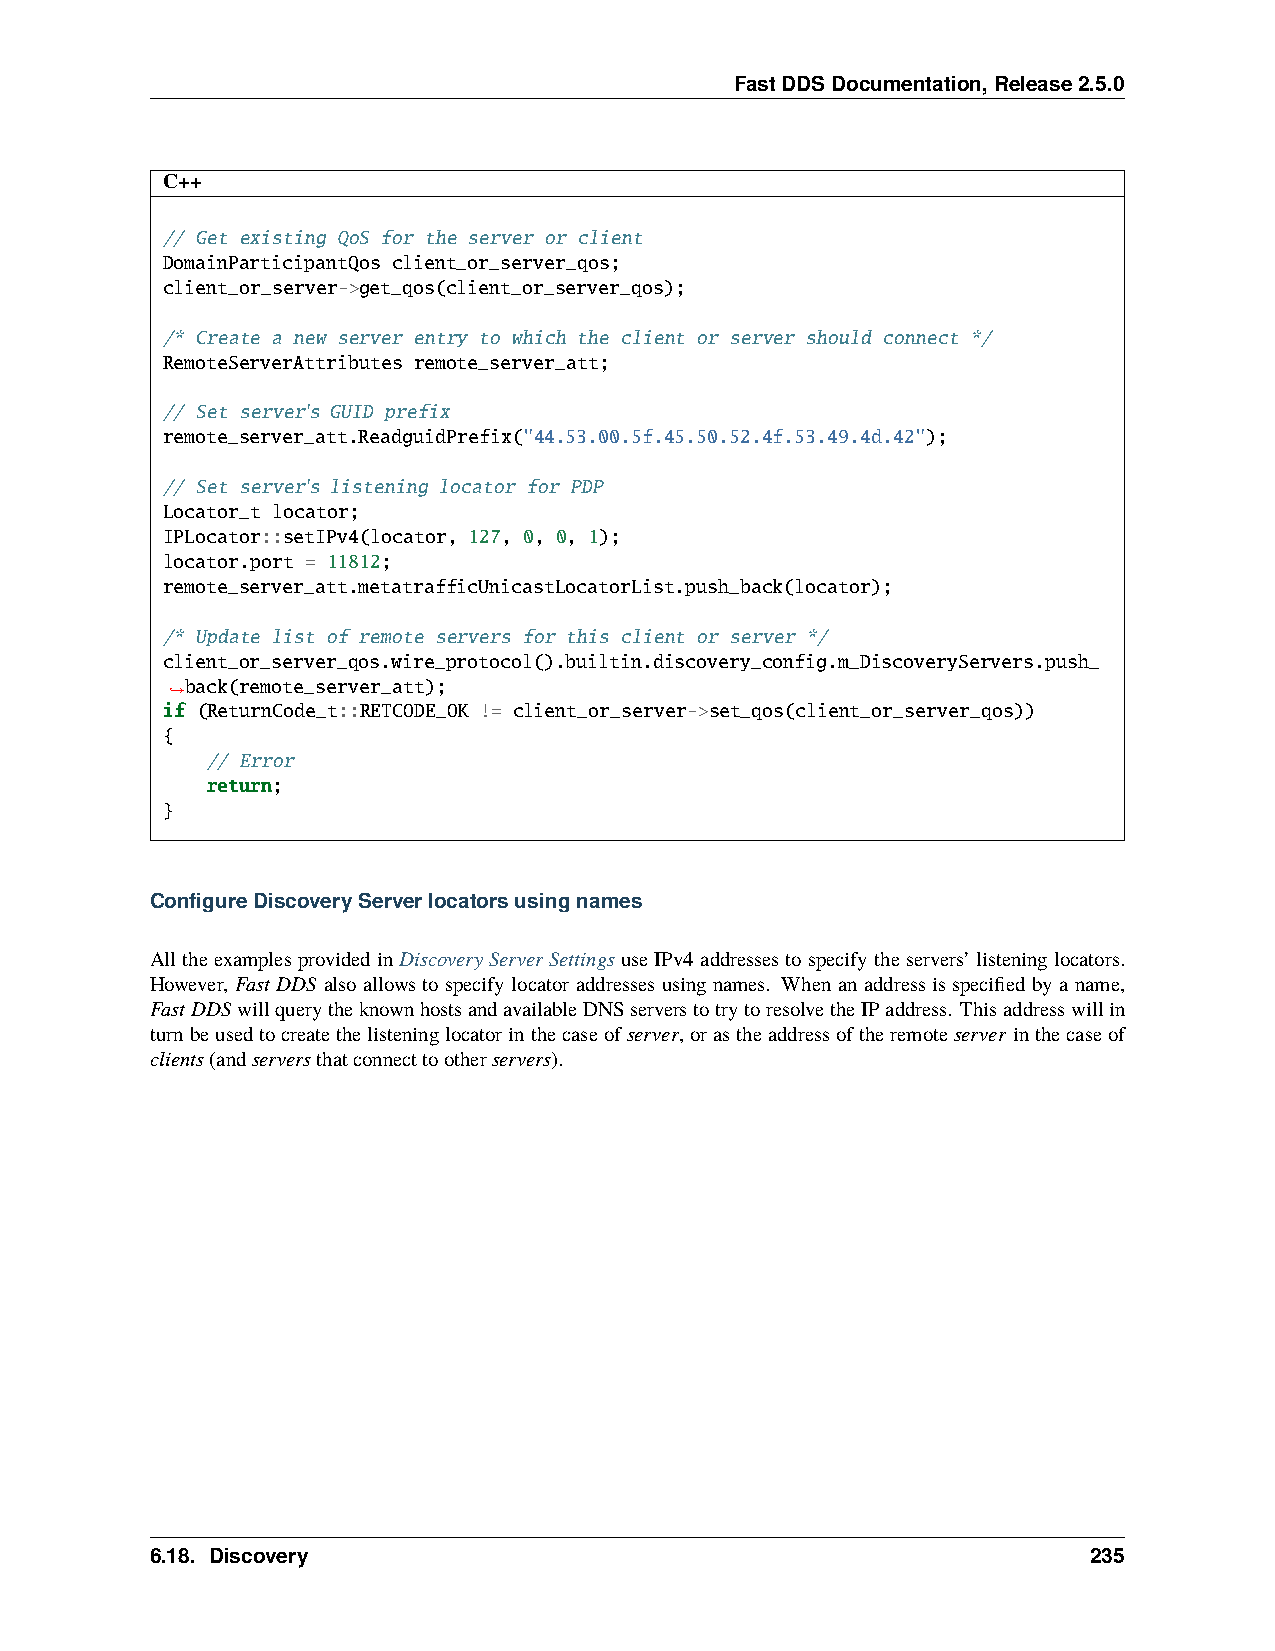
FastDDSDocumentation,Release2.5.0
 C++
 // Get existing QoS for the server or client
 DomainParticipantQos client_or_server_qos;
 client_or_server->get_qos(client_or_server_qos);
 /* Create a new server entry to which the client or server should connect */
 RemoteServerAttributes remote_server_att;
 // Set server's GUID prefix
 remote_server_att.ReadguidPrefix("44.53.00.5f.45.50.52.4f.53.49.4d.42");
 // Set server's listening locator for PDP
 Locator_t locator;
 IPLocator::setIPv4(locator, 127, 0, 0, 1);
 locator.port = 11812;
 remote_server_att.metatrafficUnicastLocatorList.push_back(locator);
 /* Update list of remote servers for this client or server */
 client_or_server_qos.wire_protocol().builtin.discovery_config.m_DiscoveryServers.push_
 back(remote_server_att);
 ˓→
 if (ReturnCode_t::RETCODE_OK != client_or_server->set_qos(client_or_server_qos))
 {
 // Error
 return;
 }
 ConfigureDiscoveryServerlocatorsusingnames
 AlltheexamplesprovidedinDiscoveryServerSettings useIPv4addressestospecifytheservers’listeninglocators.
 However, Fast DDS also allows to specify locator addresses using names. When an address is specified by a name,
 FastDDS willquerytheknownhostsandavailableDNSserverstotrytoresolvetheIPaddress. Thisaddresswillin
 turnbeusedtocreatethelisteninglocatorinthecaseofserver,orastheaddressoftheremoteserver inthecaseof
 clients(andserversthatconnecttootherservers).
 6.18. Discovery                                               235